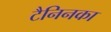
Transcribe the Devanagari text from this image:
टैनिनका